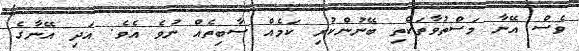
ވެސް އޭނާ މަސްތުވާތަކެތި ބޭނުންކުރި ކަމެއް ސާބިތެއް ނުވެ އެވެ. އަދި އޭނާގެ